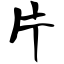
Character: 片